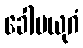
ခေါမယုဂံ